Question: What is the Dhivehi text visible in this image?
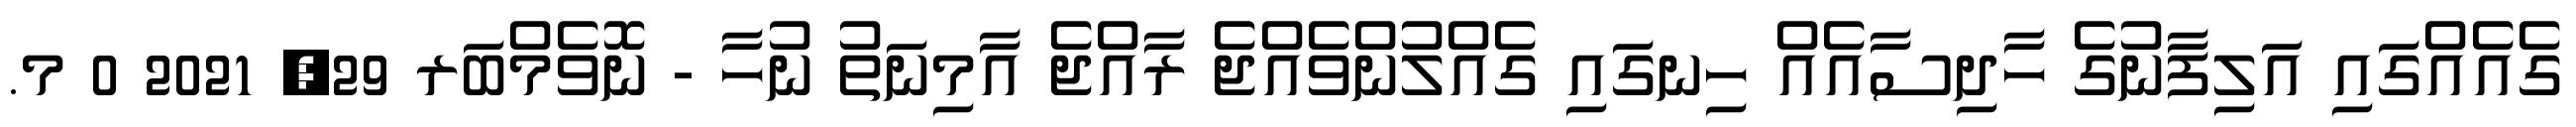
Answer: ގެއެއްގައި އަލިފާނުގެ ހާދިސާއެއް ހިނގައި ގެއްލުންވެއްޖެ ރާއްޖެ އާމިނަތު ނުހާ - ނޮވެމްބަރ 29, 2021 0 މ.